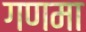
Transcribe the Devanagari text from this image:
गणमा